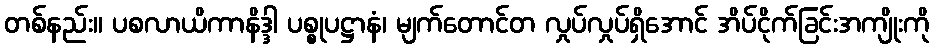
တစ်နည်း။ ပစလာယိကာနိဒ္ဒါ ပစ္စုပဋ္ဌာနံ၊ မျက်တောင်တ လှုပ်လှုပ်ရှိအောင် အိပ်ငိုက်ခြင်းအကျိုးကို